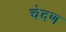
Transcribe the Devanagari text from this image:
चेदण